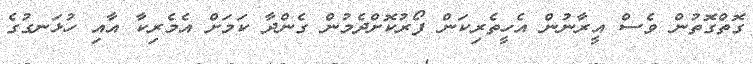
ގޮތްގޮތުން ވެސް އީރާނުން އެހީތެރިކަން ފޯރުކޮށްދެމުން ގެންދާ ކަމަށް އެމެރިކާ އާއި ހުޅަނގުގެ